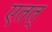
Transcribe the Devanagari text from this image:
एतत्‌